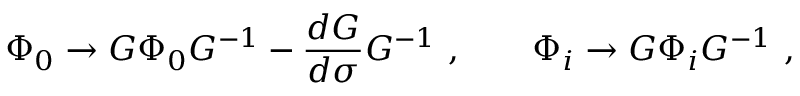
\Phi _ { 0 } \to G \Phi _ { 0 } G ^ { - 1 } - { \frac { d G } { d \sigma } } G ^ { - 1 } \ , \qquad \Phi _ { i } \to G \Phi _ { i } G ^ { - 1 } \ ,